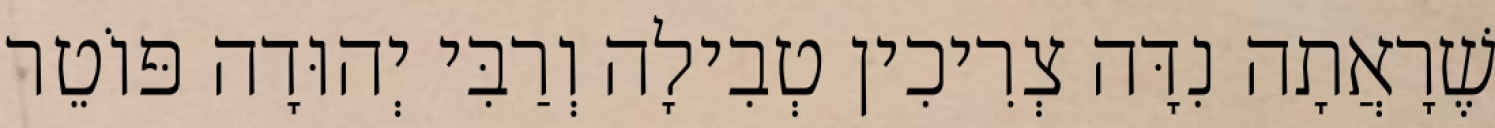
שֶׁרָאֲתָה נִדָּה צְרִיכִין טְבִילָה וְרַבִּי יְהוּדָה פּוֹטֵר